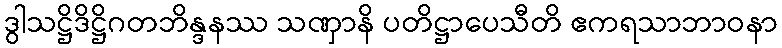
ဒွါသဋ္ဌိဒိဋ္ဌိဂတဘိန္ဒနဿ သဏှာနိ ပတိဋ္ဌာပေသီတိ ဧကရသာဘာဝနာ